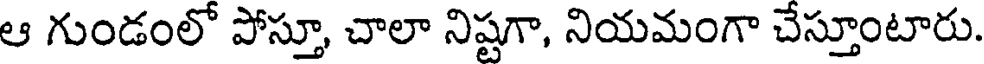
ఆ గుండంలో పోస్తూ, చాలా నిష్టగా, నియమంగా చేస్తూంటారు.